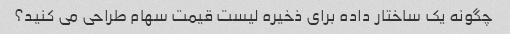
چگونه یک ساختار داده برای ذخیره لیست قیمت سهام طراحی می کنید؟